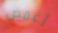
أغمض